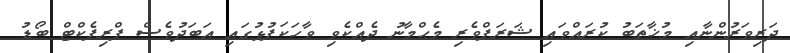
ދަރިވަރުންނާއި މުޚާތަބު ކުރައްވައި ޝަރަފްވެރި މެޙްމާނު ދެއްކެވި ވާހަކަފުޅުގައި އަބަދުވެސް ޕްރިފެކްޓް ބޯޑު